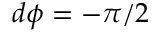
d \phi = - \pi / 2